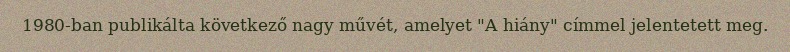
1980-ban publikálta következő nagy művét, amelyet "A hiány" címmel jelentetett meg.